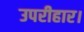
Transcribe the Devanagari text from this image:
उपरीहार।